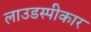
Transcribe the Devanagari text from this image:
लाउडस्पीकार